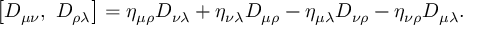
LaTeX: \left[ D _ { \mu \nu } , \ D _ { \rho \lambda } \right] = \eta _ { \mu \rho } D _ { \nu \lambda } + \eta _ { \nu \lambda } D _ { \mu \rho } - \eta _ { \mu \lambda } D _ { \nu \rho } - \eta _ { \nu \rho } D _ { \mu \lambda } .